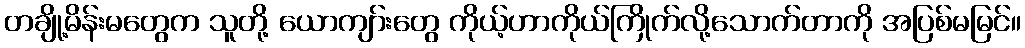
တချို့မိန်းမတွေက သူတို့ ယောကျာ်းတွေ ကိုယ့်ဟာကိုယ်ကြိုက်လို့သောက်တာကို အပြစ်မမြင်။